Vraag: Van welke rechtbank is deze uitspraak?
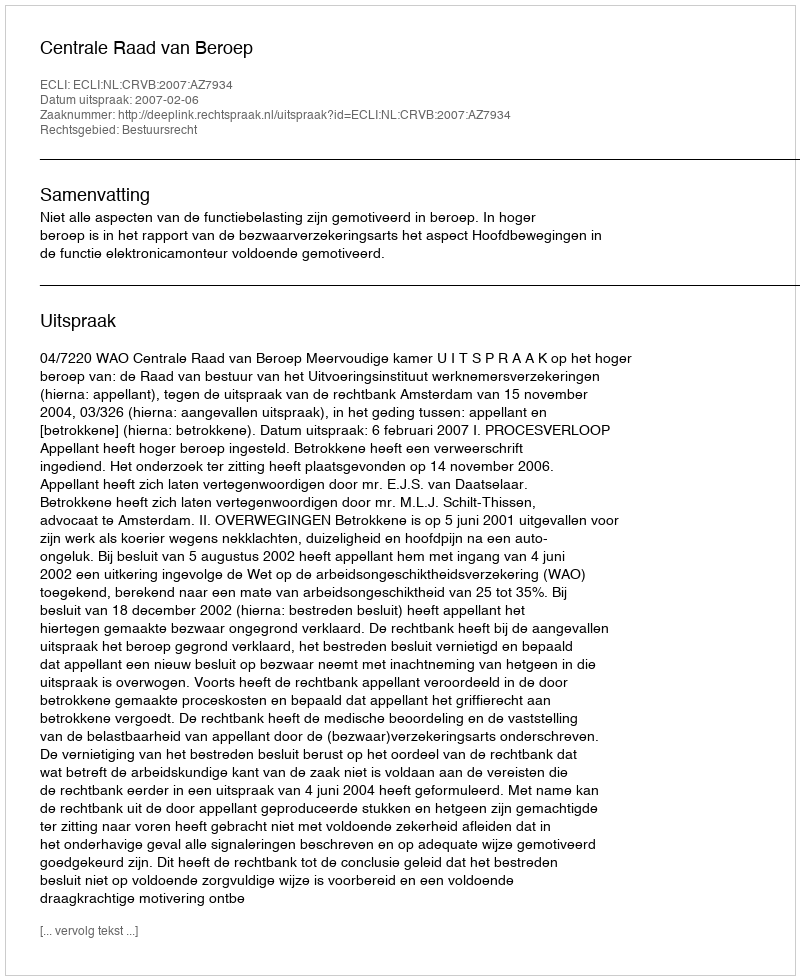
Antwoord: Centrale Raad van Beroep